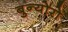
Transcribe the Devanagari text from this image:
बुन्योरो